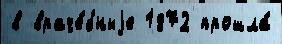
в враче́бныjе 1872 прошла́